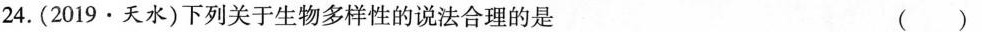
24.（2019·天水）下列关于生物多样性的说法合理的是 （ ）